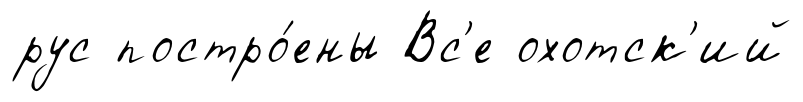
рус постро́ены Вс'е охотск'ий